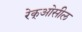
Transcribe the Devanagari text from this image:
रेक्‌ओसील